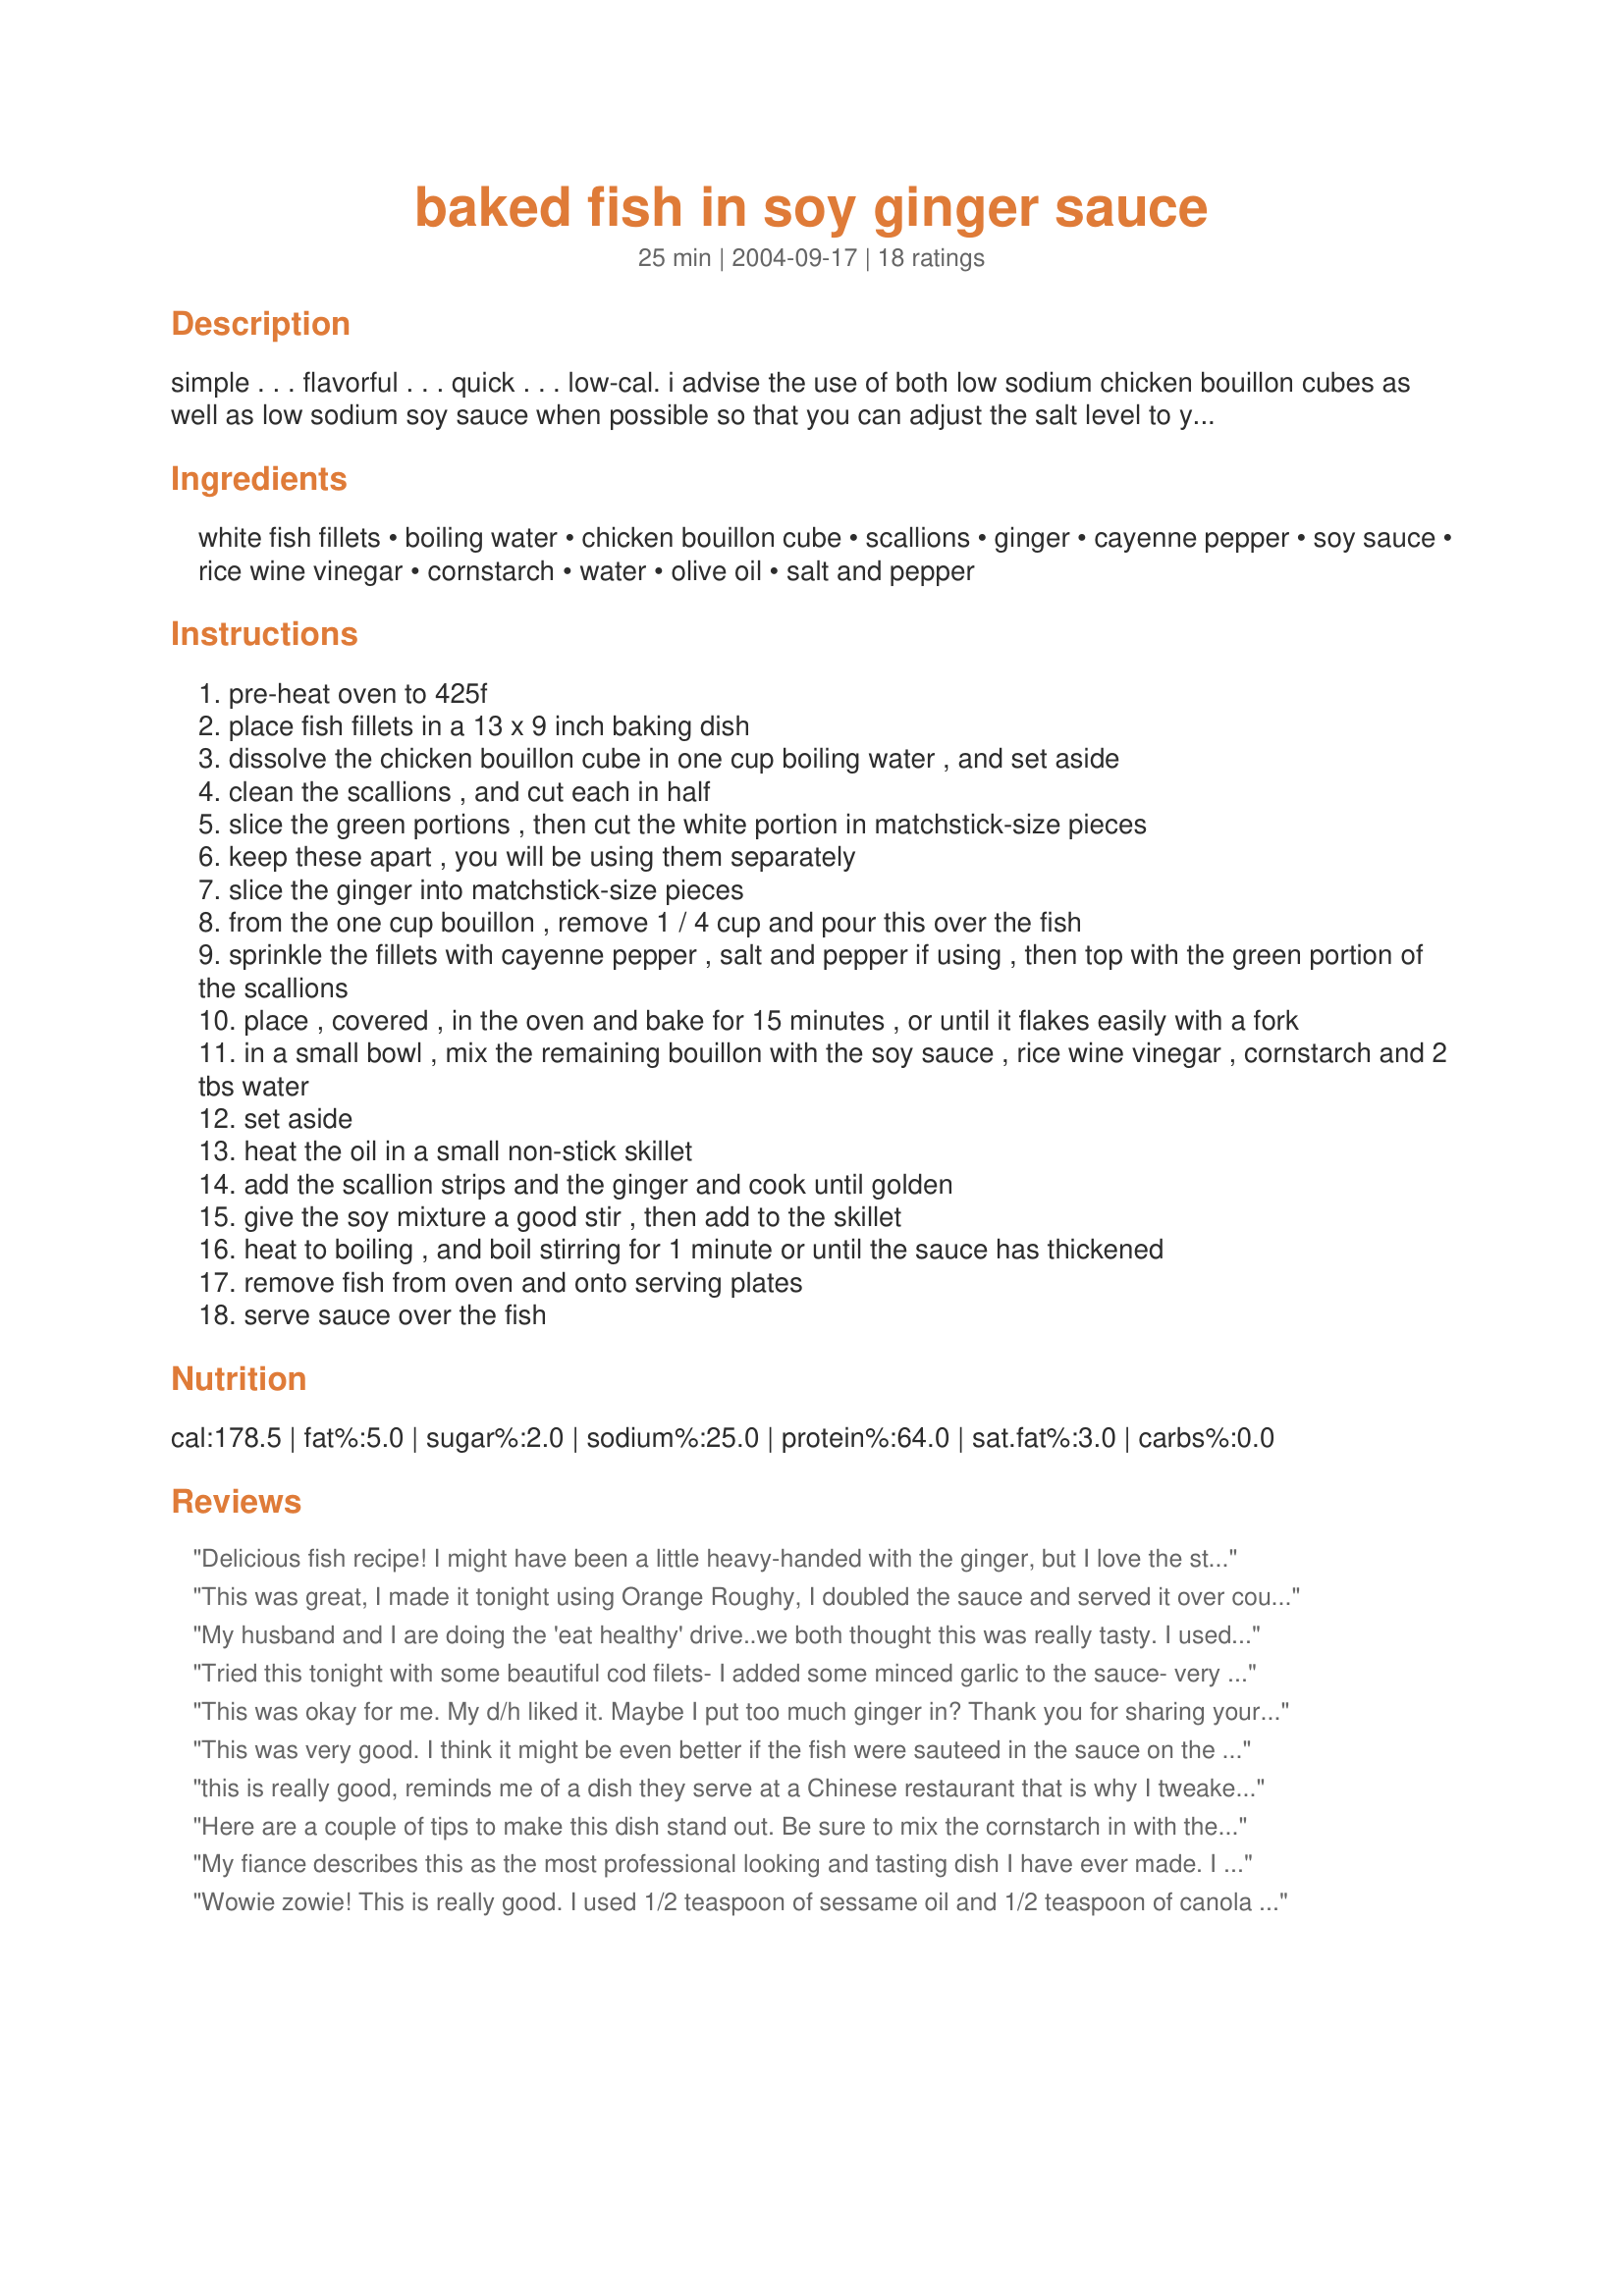
baked fish in soy ginger sauce
Preparation time: 25 minutes

simple . . . flavorful . . . quick . . . low-cal. i advise the use of both low sodium chicken bouillon cubes as well as low sodium soy sauce when possible so that you can adjust the salt level to your own preference.

Ingredients:
white fish fillets, boiling water, chicken bouillon cube, scallions, ginger, cayenne pepper, soy sauce, rice wine vinegar, cornstarch, water, olive oil, salt and pepper

Steps:
pre-heat oven to 425f
place fish fillets in a 13 x 9 inch baking dish
dissolve the chicken bouillon cube in one cup boiling water , and set aside
clean the scallions , and cut each in half
slice the green portions , then cut the white portion in matchstick-size pieces
keep these apart , you will be using them separately
slice the ginger into matchstick-size pieces
from the one cup bouillon , remove 1 / 4 cup and pour this over the fish
sprinkle the fillets with cayenne pepper , salt and pepper if using , then top with the green portion of the scallions
place , covered , in the oven and bake for 15 minutes , or until it flakes easily with a fork
in a small bowl , mix the remaining bouillon with the soy sauce , rice wine vinegar , cornstarch and 2 tbs water
set aside
heat the oil in a small non-stick skillet
add the scallion strips and the ginger and cook until golden
give the soy mixture a good stir , then add to the skillet
heat to boiling , and boil stirring for 1 minute or until the sauce has thickened
remove fish from oven and onto serving plates
serve sauce over the fish

Reviews:
Delicious fish recipe! I might have been a little heavy-handed with the ginger, but I love the stuff and found enough in the sauce to eat a little with each bite of fish. YUM!
This was great, I made it tonight using Orange Roughy, I doubled the sauce and served it over couscous. I didnt add any extra salt and it was perfect!
My husband and I are doing the 'eat healthy' drive..we both thought this was really tasty. I used 2 Gurnard fillets, the hint of cayenne gave it a bit of zing, definitely make again.
Tried this tonight with some beautiful cod filets- I added some minced garlic to the sauce- very good and much lower in fat and calories than frying
This was okay for me. My d/h liked it. Maybe I put too much ginger in? Thank you for sharing your recipe
This was very good. I think it might be even better if the fish were sauteed in the sauce on the stove rather than baked. I think that might infuse the fish with the flavors even more. Note (perhaps only to me, being miss oblivious...) that cayenne pepper is very spicy, so watch that you don't add more than that 1/4 tsp (like I did...fire!)
this is really good, reminds me of a dish they serve at a Chinese restaurant that is why I tweaked it a little bit to really be the copy of the one they served. I added some cubed tofu and doubled up the sauce recipe and added some chopped Chinese Cabbage. I posted a picture and hopefully the picture gets approved.
Here are a couple of tips to make this dish stand out. Be sure to mix the cornstarch in with the vinegar BEFORE adding it to the rest of the liquids. This will prevent any lumps and make for a thicker sauce. For an even thicker sauce, i omitted the 2Tbl. of water and added a dash of fish sauce. Then to off set the saltiness, a little sugar goes a long way. Top it all off with some cilantro, a side of pad thai noodles and some sesame seed sprinkled broccoli and you have yourself a fine meal.
My fiance describes this as the most professional looking and tasting dish I have ever made. I was really worried while making it, not sure how it was going to turn out. But the catfish came out tasty and delicious in the sauce. Definitely a keeper, especially for Asian restaurant lovers...
Wowie zowie! This is really good. I used 1/2 teaspoon of sessame oil and 1/2 teaspoon of canola oil in place of the olive oil. Other than that I followed the recipe as stated. My only suggestion, as Jewelies noted, would be to double up on the sauce and enjoy it with some rice. Thanx Minx.
Loved it. Light and healthy but tasty. I added some sweetner to the sauce and followed the rest of the recipe as is. Keeper!
MMMMMM YUMMY THIS WAS SOOOOOO GOOD! i too used chicken broth instead of water and bouillon, sesame oil instead of olive oil and ended up throwing everything w/ the fish while baking and sauce thickened up nicely. very flavorful and will definately go into my favorites file. THANK YOU FOR SHARING!
Very flavorful! I used bottled minced garlic and less cayenne.
Excellent recipe!! Amazing flavour and very easy to make. I followed your recipe exactly adding the remaining 3/4 cup of stock to the scallions before I added the soy sauce mix (well actually I doubled the sauce and stock) and served this over rice. I honestly feel this recipe shouldn't be changed, I liked it just the way it is written. Thanks FlemishMinx I am a great fan of your recipes!!
OMG!! This was so good! I've been looking for a recipe similar to a dish I get at a local asian take out. This didn't look the same but it tasted almost exactly the same! Thank you so much!!
I thought it was very clean tasting which was nice but not what I expected.
Perfect sauce for my cod!! The only change was I used chicken stock instead of boullion. I also took toni's suggestion and added just a little sesame oil.
Perfect!! Thanks for the great recipe!!
Yummy! This looked really pretty and tasted quite nice. I used tilapia which is pretty thin but worked well. The sauce didn't thicken as much as I expected it to, but my husband really liked it at the current thickness. We'll make this again!
